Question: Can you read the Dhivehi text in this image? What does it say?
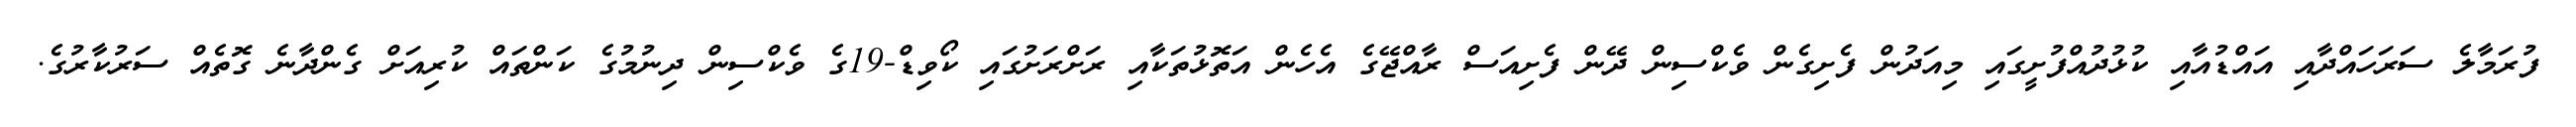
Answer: ފުރަމާލެ ސަރަހައްދާއި އައްޑުއާއި ކުޅުދުއްފުށީގައި މިއަދުން ފެށިގެން ވެކްސިން ދޭން ފެށިއަސް ރާއްޖޭގެ އެހެން އަތޮޅުތަކާއި ރަށްރަށުގައި ކޯވިޑް-19ގެ ވެކްސިން ދިނުމުގެ ކަންތައް ކުރިއަށް ގެންދާނެ ގޮތެއް ސަރުކާރުގެ.